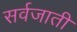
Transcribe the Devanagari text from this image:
सर्वजाती